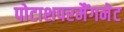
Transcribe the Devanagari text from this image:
पोटाशपरमैंगनेट